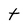
Character: t